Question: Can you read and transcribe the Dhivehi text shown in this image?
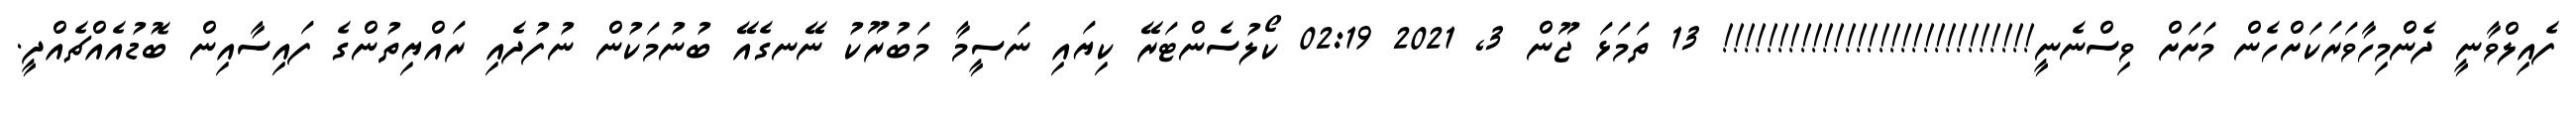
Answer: ފެއިލްވާނީ ދެންމިހާވަރަކަށްހެން މަށަށް ވިސްނެނީ!!!!!!!!!!!!!!!!!!!!!!!!!!!! 13 ތަމަޅަ ޖޫން 3, 2021 02:19 ކޯލުސެންޓަރޭ ކިޔައި ނަސީމާ މަބުރޫކު ނޭނގެއޭ ބުނުމަކުން ނުފުދެއި ރައްޔިތުންގެ ފައިސާއިން ބޮޑުއެއްޗެއްދީ.